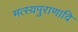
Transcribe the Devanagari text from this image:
मत्स्यपुराणादि